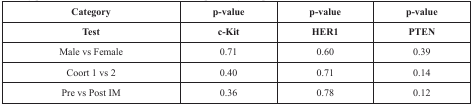
| Category | p-value | p-value | p-value |
 | Test | c-Kit | HER1 | PTEN |
 | --- | --- | --- | --- |
 | Male vs Female | 0.71 | 0.60 | 0.39 |
 | Coort 1 vs 2 | 0.40 | 0.71 | 0.14 |
 | Pre vs Post IM | 0.36 | 0.78 | 0.12 |